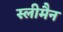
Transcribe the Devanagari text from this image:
स्‍लीमैन